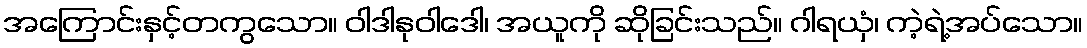
အကြောင်းနှင့်တကွသော။ ဝါဒါနုဝါဒေါ၊ အယူကို ဆိုခြင်းသည်။ ဂါရယှံ၊ ကဲ့ရဲ့အပ်သော။